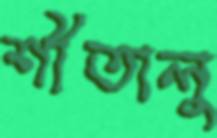
শীতালু